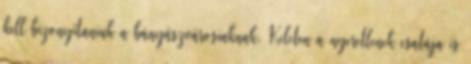
kell bizonyítaniuk a bányászvárosiaknak. Keleten a nyeretlenek csatája is